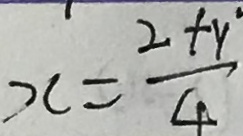
x = \frac { 2 + y } { 4 }